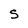
Character: S